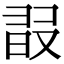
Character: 𣆸